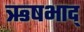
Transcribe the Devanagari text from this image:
ऋषभाद्